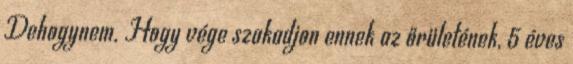
Dehogynem. Hogy vége szakadjon ennek az őrületének, 5 éves